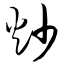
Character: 炒